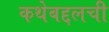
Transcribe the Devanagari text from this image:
कथेबद्दलची